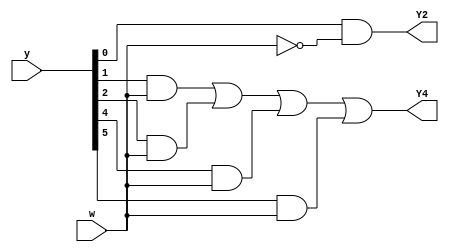
module top_module (
    input [6:1] y,
    input w,
    output Y2,
    output Y4);
    parameter A = 6'b000001, B = 6'b000010, C = 6'b000100;
    parameter D = 6'b001000, E = 6'b010000, F = 6'b100000;
    
    wire [6:1] Y;
    
    always@(*)begin
        case(y)
            A:             Y = w ? A : B;
            B:             Y = w ? D : C;
            C:             Y = w ? D : E;
            D:             Y = w ? A : F;
            E:             Y = w ? D : E; 
            F:             Y = w ? D : C;
            default:       Y = A;
        endcase
    end
    
    assign Y2=y[1] & ~w;
    assign Y4=y[2] & w | y[3] & w | y[5] & w |y[6] & w;


endmodule